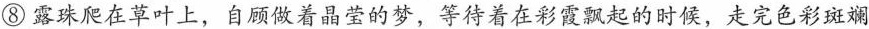
⑧露珠爬在草叶上，自顾做着晶莹的梦，等待着在彩霞飘起的时候，走完色彩斑斓